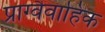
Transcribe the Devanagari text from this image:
प्राग्वैवाहिक